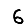
Digit: 6